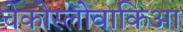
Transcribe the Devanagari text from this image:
चेकोस्लोवाकिआ